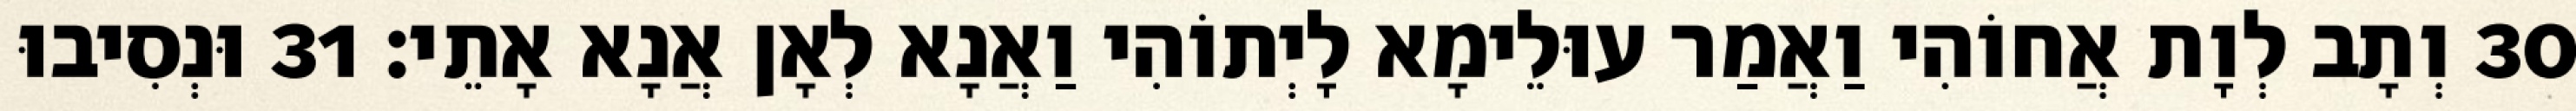
30 וְתָב לְוָת אֲחוֹהִי וַאֲמַר עוּלֵימָא לָיְתוֹהִי וַאֲנָא לְאָן אֲנָא אָתֵי׃ 31 וּנְסִיבוּ